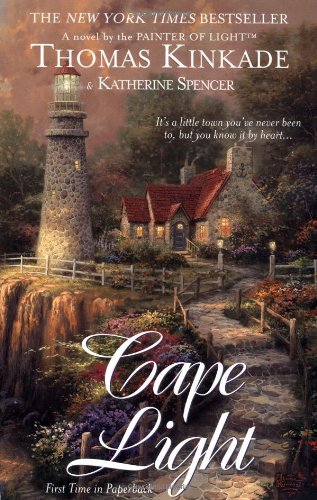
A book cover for Cape Light (Cape Light Series, Book 1); Thomas Kinkade; Religion & Spirituality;